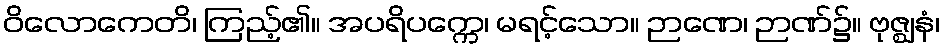
ဝိလောကေတိ၊ ကြည့်၏။ အပရိပက္ကေ၊ မရင့်သော။ ဉာဏေ၊ ဉာဏ်၌။ ဗုဇ္ဈနံ၊